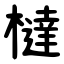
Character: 橽